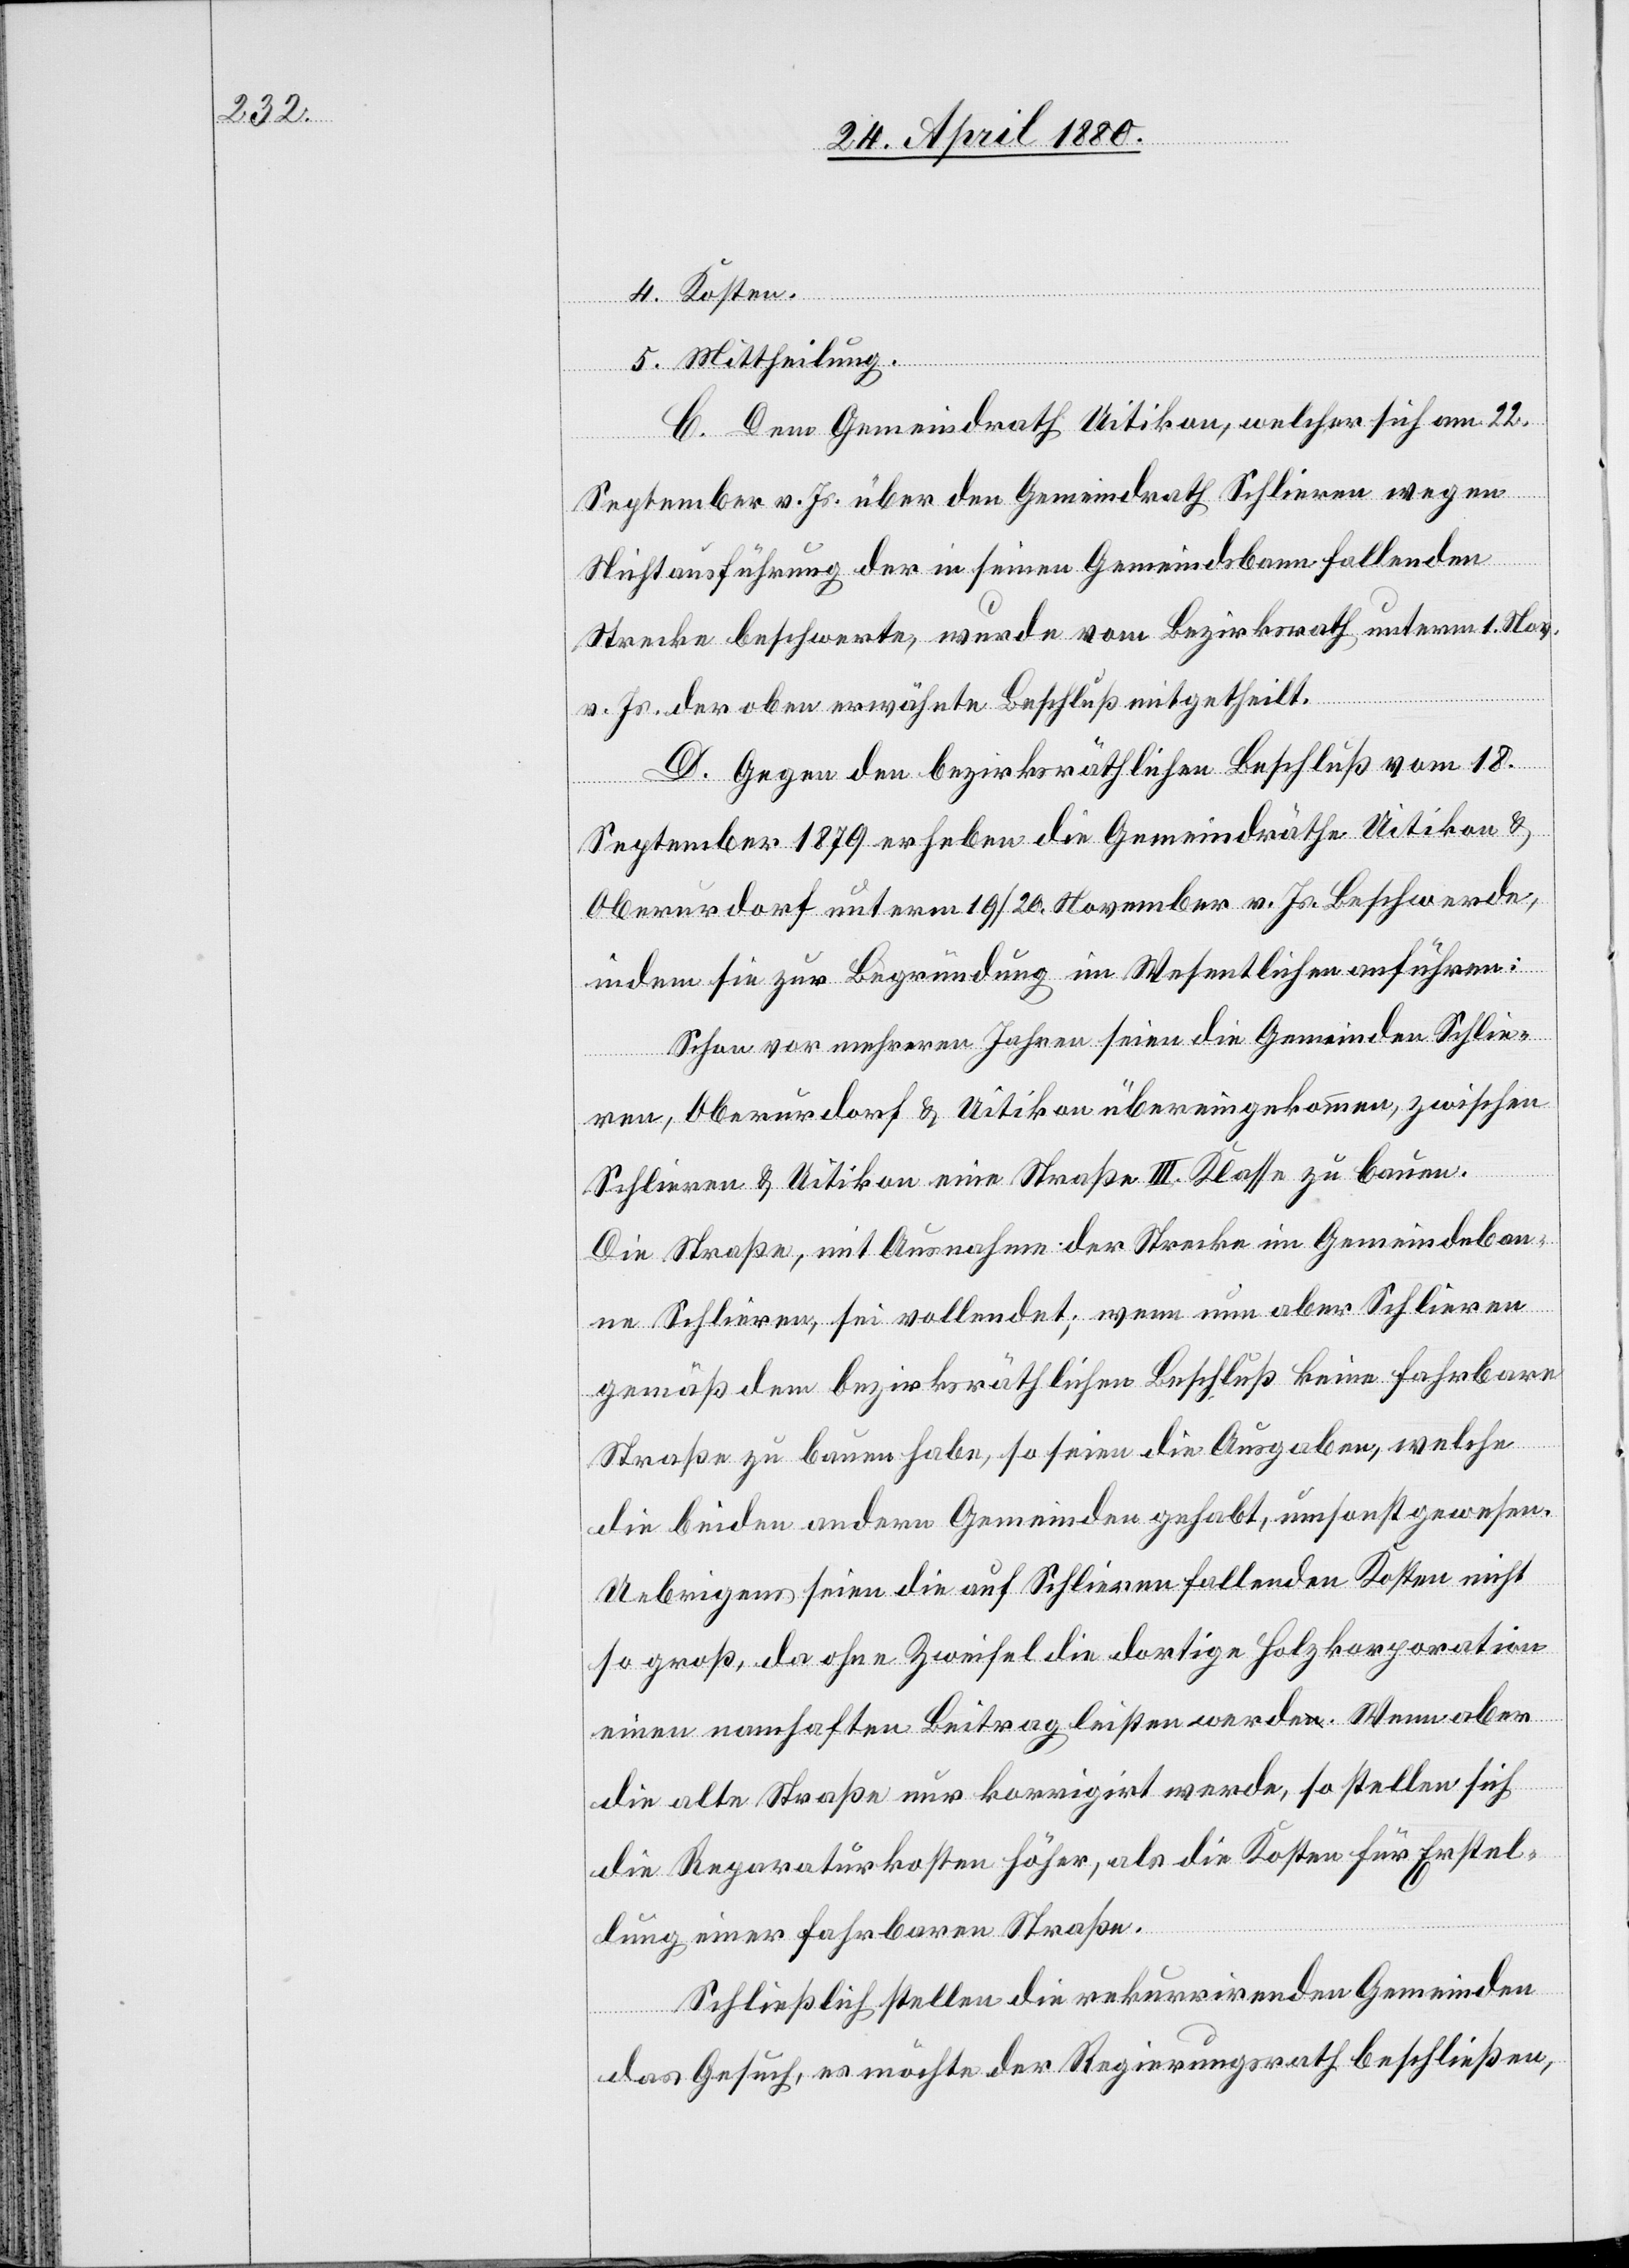
4. Kosten.
5. Mittheilung.
C. Dem Gemeindrath Uitikon, welcher sich am 22.
September v. Js. über den Gemeindrath Schlieren wegen
Nichtausführung der in seinen Gemeindsbann fallenden
Strecke beschwerte, wurde vom Bezirksrath unterm 1. Nov.
v. Js. der oben erwähnte Beschluß mitgetheilt.
D. Gegen den bezirksräthlichen Beschluß vom 18.
September 1879 erheben die Gemeindräthe Uitikon &
Oberurdorf unterm 19./20. November v. Js. Beschwerde,
indem sie zur Begründung im Wesentlichen anführen:
Schon vor mehreren Jahren seien die Gemeinden Schlie¬
ren, Oberurdorf & Uitikon übereingekommen, zwischen
Schlieren & Uitikon eine Straße III. Klasse zu bauen.
Die Straße, mit Ausnahme der Strecke im Gemeindeban¬
ne Schlieren, sei vollendet; wenn nun aber Schlieren
gemäß dem bezirksräthlichen Beschluß keine fahrbare
Straße zu bauen habe, so seien die Ausgaben, welche
die beiden andern Gemeinden gehabt, umsonst gewesen.
Uebrigens seien die auf Schlieren fallenden Kosten nicht
so groß, da ohne Zweifel die dortige Holzkorporation
einen namhaften Beitrag leisten werde. Wenn aber
die alte Straße nur korrigirt werde, so stellen sich
die Reparaturkosten höher, als die Kosten für Erstel¬
lung einer fahrbaren Straße.
Schließlich stellen die rekurrirenden Gemeinden
das Gesuch, es möchte der Regierungsrath beschließen,